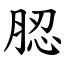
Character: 䏰